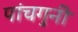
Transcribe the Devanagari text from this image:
पांचगुनी